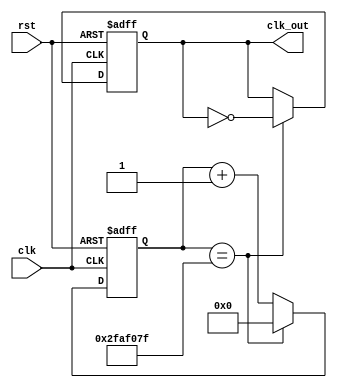
`timescale 1ns / 1ps
//////////////////////////////////////////////////////////////////////////////////

module ClockDivider #(parameter n = 50000000)
(input clk, rst, output reg clk_out);
reg [31:0] count;
// Big enough to hold the maximum possible value
// Increment count
always @ (posedge clk, posedge rst) begin
if (rst == 1'b1) // Asynchronous Reset
count <= 32'b0;
else
if (count == n-1)
count <= 32'b0;
else
count <= count + 1;
end
// Handle the output clock
always @ (posedge clk, posedge rst) begin
if (rst) // Asynchronous Reset
clk_out <= 0;
else
if (count == n-1)
clk_out <= ~ clk_out;
end
endmodule